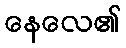
နေလေ၏